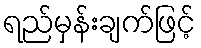
ရည်မှန်းချက်ဖြင့်